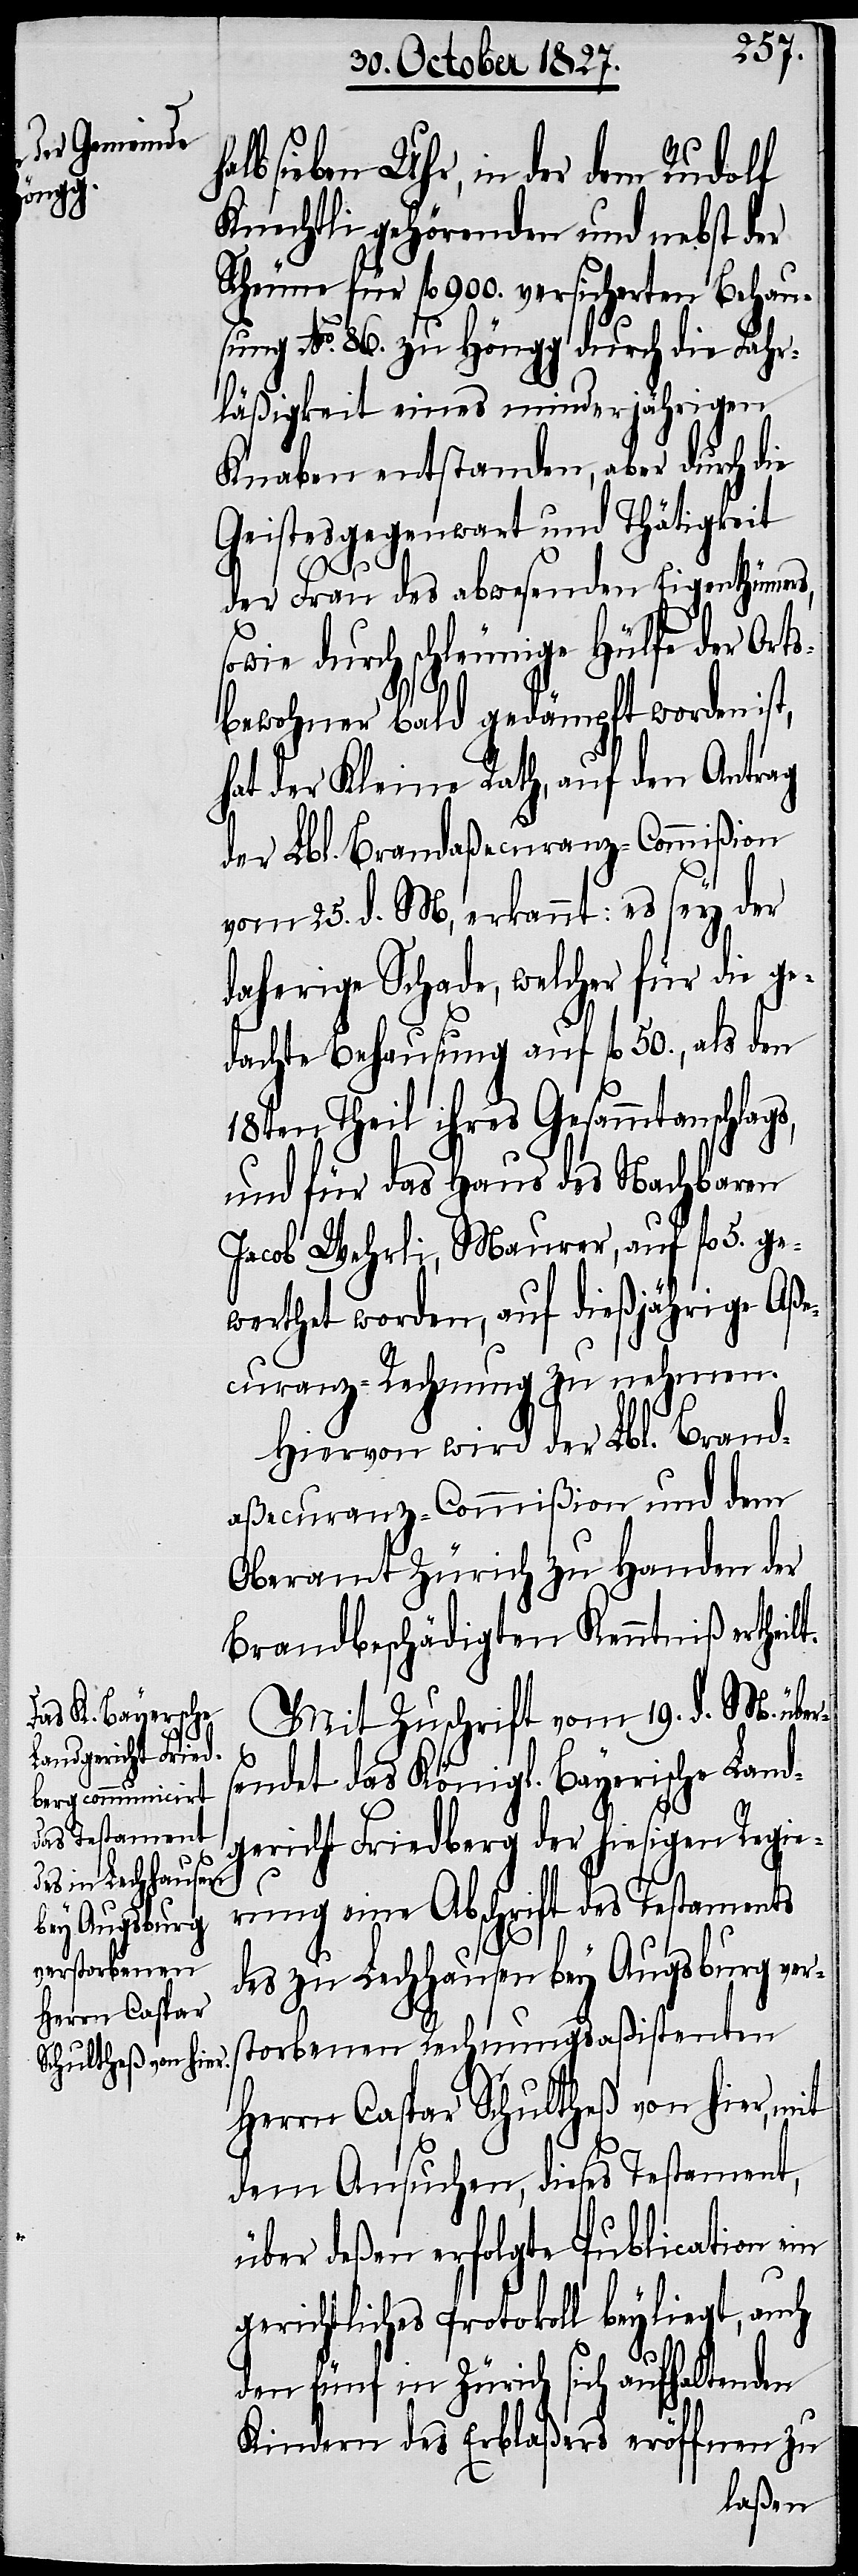
ags,

alb sieben Uhr, in der dem Rudolf
Knechtli gehörenden und nebst der
Scheune für fl. 900. versicherten Behau¬
sung No. 86. zu Höngg durch die Fahr¬
läßigkeit eines minderjährigen
Knaben entstanden, aber durch die
Geistesgegenwart und Thätigkeit
der Frau des abwesenden Eigenthümers,
sowie durch schleunige Hülfe der Orts¬
bewohner bald gedämpft worden ist,
hat der Kleine Rath, auf den Antrag
der Lbl. Brandaßecuranz-Commißion
vom 25. d. M, erkannt: es sey der
daherige Schade, welcher für die ge¬
dachte Behausung auf fl. 50., als den
en Theil ihres Gesammtanschl¬
und für das Haus des Nachbaren
Jacob Wehrli, Maurer, auf fl. 5. ge¬
werthet worden, auf dießjährige Aße¬
curanz-Rechnung zu nehmen.
Hiervon wird der Lbl. Brand¬
aßecuranz-Commißion und dem
Oberamt Zürich zu Handen der
Brandbeschädigten Kenntniß erthei¬
Mit Zuschrift vom 19. d. M. über¬
sendet das Königl. Bayerische Land¬
gericht Friedberg der hiesigen Regie¬
lt.
rung eine Abschrift des Testaments
des zu Lechhausen bey Augsburg ver¬
storbenen Rechnungsaßistenten
Herrn Caspar Schultheß von hier, mit
dem Ansuchen, dieses Testament,
über deßen erfolgte Publication ein
gerichtliches Protokoll beyliegt, auch
den fünf in Zürich sich aufhaltenden
Kindern des Erblaßers eröffnen zu